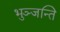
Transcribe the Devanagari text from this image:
भुञ्जन्ति